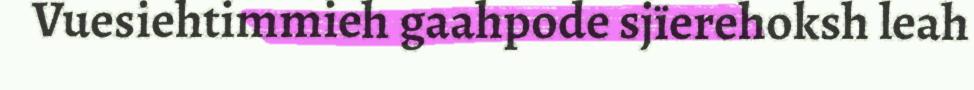
Vuesiehtimmieh gaahpode sjïerehoksh leah